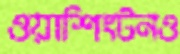
ওয়াশিংটনও